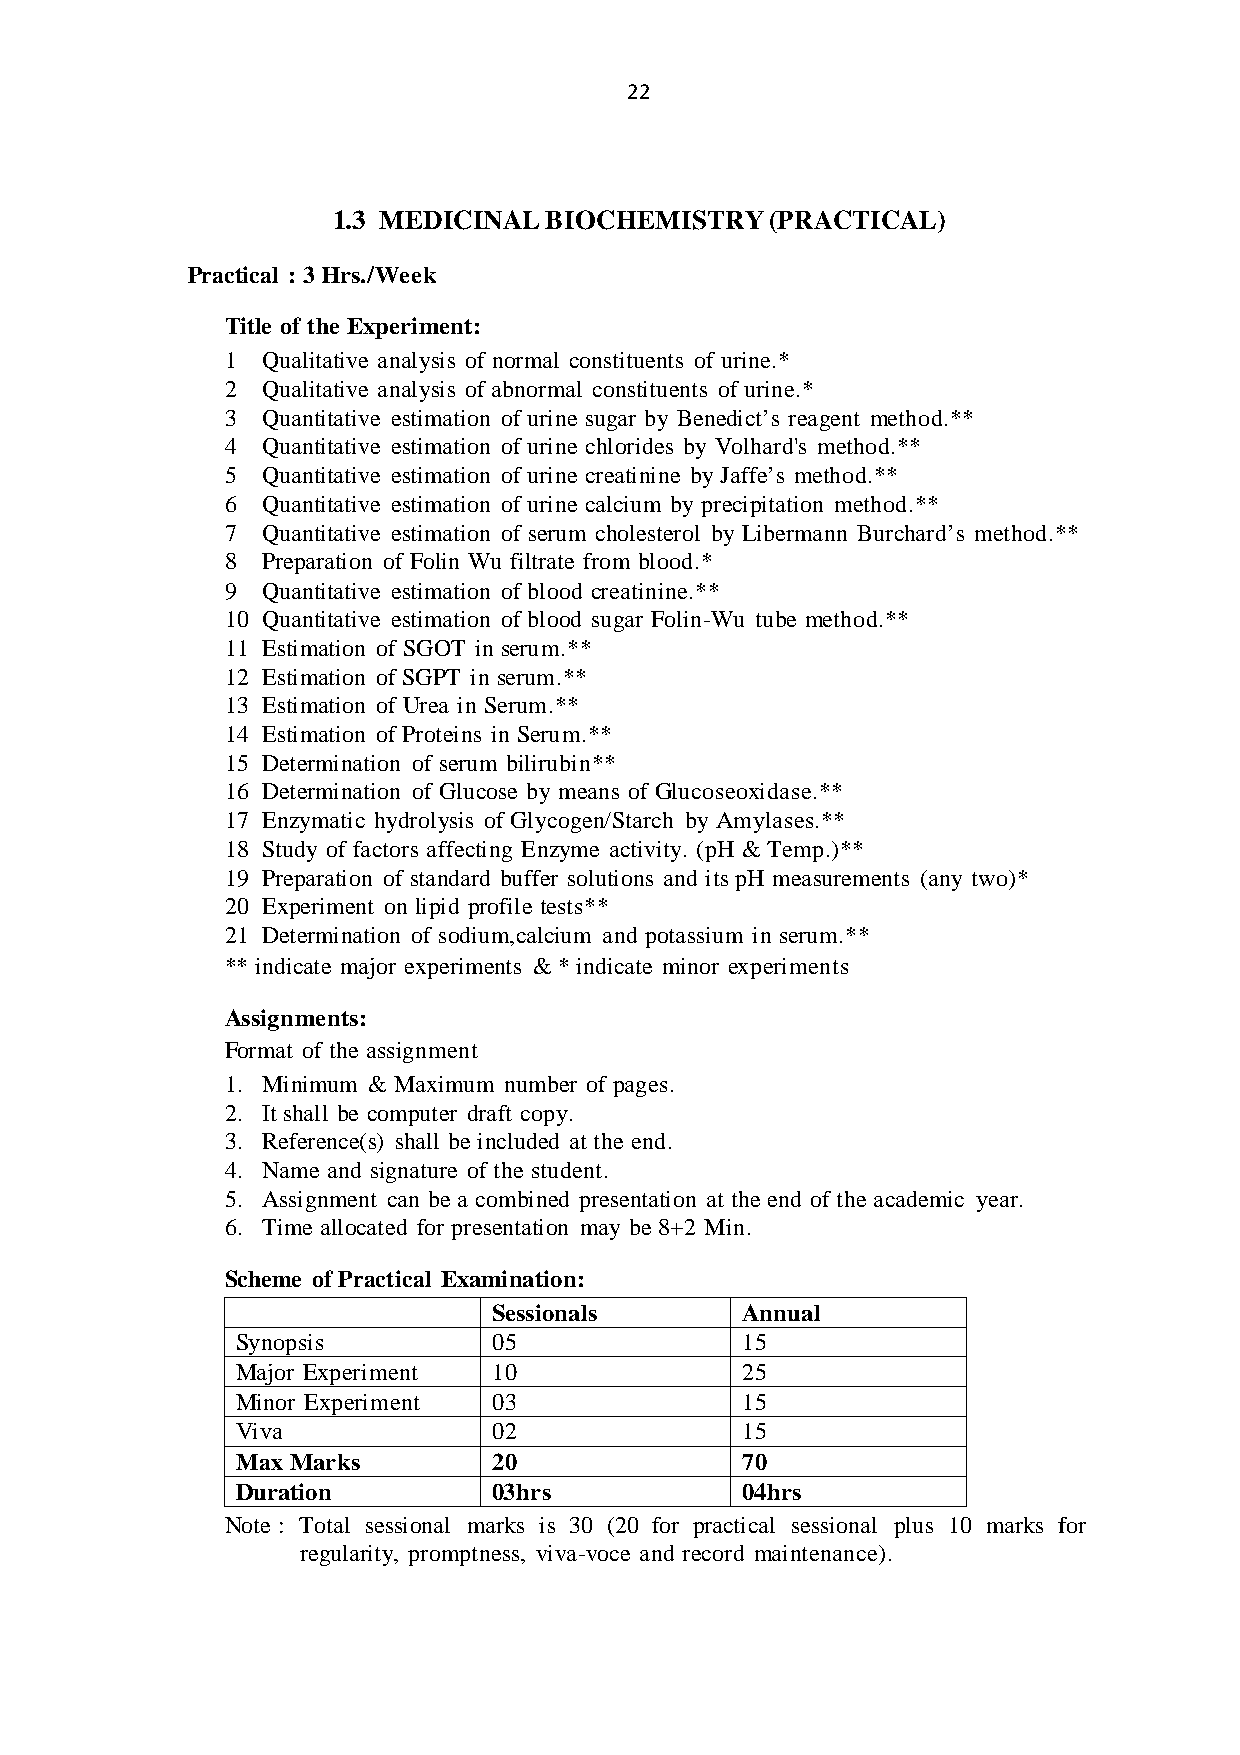
22
 1.3 MEDICINAL BIOCHEMISTRY   (PRACTICAL)
 Practical : 3 Hrs./Week
 Title of the Experiment:
 1 Qualitative analysis of normal constituents of urine.*
 2 Qualitative analysis of abnormal constituents of urine.*
 3 Quantitative estimation of urine sugar by Benedict’s reagent method.**
 4 Quantitative estimation of urine chlorides by Volhard's method.**
 5 Quantitative estimation of urine creatinine by Jaffe’s method.**
 6 Quantitative estimation of urine calcium by precipitation method.**
 7 Quantitative estimation of serum cholesterol by Libermann Burchard’s method.**
 8 Preparation of Folin Wu filtrate from blood.*
 9 Quantitative estimation of blood creatinine.**
 10 Quantitative estimation of blood sugar Folin-Wu tube method.**
 11 Estimation of SGOT in serum.**
 12 Estimation of SGPT in serum.**
 13 Estimation of Urea in Serum.**
 14 Estimation of Proteins in Serum.**
 15 Determination of serum bilirubin**
 16 Determination of Glucose by means of Glucoseoxidase.**
 17 Enzymatic hydrolysis of Glycogen/Starch by Amylases.**
 18 Study of factors affecting Enzyme activity. (pH & Temp.)**
 19 Preparation of standard buffer solutions and its pH measurements (any two)*
 20 Experiment on lipid profile tests**
 21 Determination of sodium,calcium and potassium in serum.**
 ** indicate major experiments & * indicate minor experiments
 Assignments:
 Format of the assignment
 1. Minimum & Maximum number of pages.
 2. It shall be computer draft copy.
 3. Reference(s) shall be included at the end.
 4. Name and signature of the student.
 5. Assignment can be a combined presentation at the end of the academic year.
 6. Time allocated for presentation may be 8+2 Min.
 Scheme of Practical Examination:
 Sessionals      Annual
 Synopsis         05              15
 Major Experiment 10              25
 Minor Experiment 03              15
 Viva             02              15
 Max Marks        20              70
 Duration         03hrs           04hrs
 Note : Total sessional marks is 30 (20 for practical sessional plus 10 marks for
 regularity, promptness, viva-voce and record maintenance).